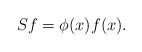
\begin{align*} Sf=\phi(x)f(x).\end{align*}